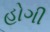
હોગી